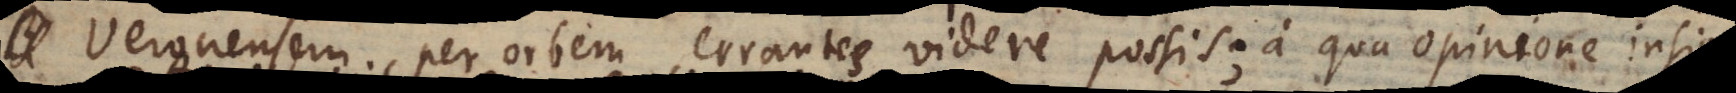
Veronensem per orbem errantes videre possis; a qua opinione insign